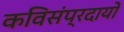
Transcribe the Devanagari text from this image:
कविसंप्रदायों